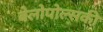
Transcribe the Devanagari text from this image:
बेलोपोल्सकी